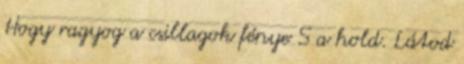
Hogy ragyog a csillagok fénye S a hold. Látod